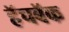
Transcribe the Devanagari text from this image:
हॅचबॅक